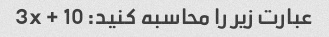
عبارت زیر را محاسبه کنید: 3x + 10